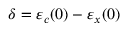
\delta = \varepsilon _ { c } ( 0 ) - \varepsilon _ { x } ( 0 )